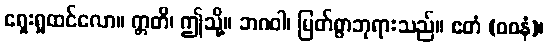
ရှေးရှုထင်လော။ ဣတိ၊ ဤသို့။ ဘဂဝါ၊ မြတ်စွာဘုရားသည်။ ဧတံ (ဝစနံ)၊